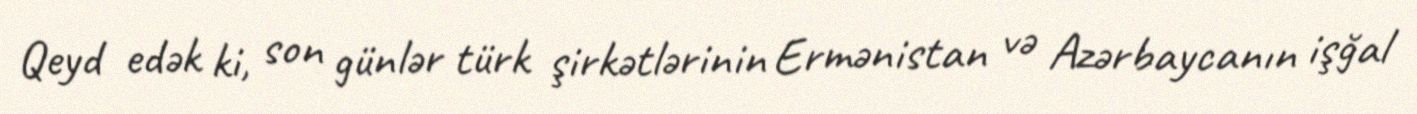
Qeyd edək ki, son günlər türk şirkətlərinin Ermənistan və Azərbaycanın işğal